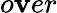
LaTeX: o\mathbf{v}er